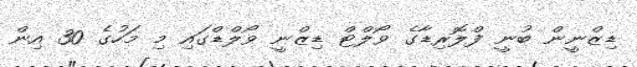
ޑިޒްނީން ބުނީ ފްލޮރިޑާގެ ވޯލްޓް ޑިޒްނީ ވޯލްޑްގައި މި މަހުގެ 30 އިން